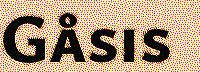
Gåsis